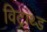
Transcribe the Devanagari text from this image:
विट्राथ्ड